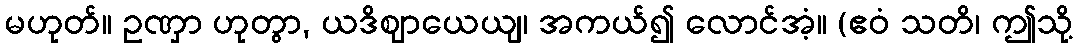
မဟုတ်။ ဥဏှာ ဟုတွာ, ယဒိဈာယေယျ၊ အကယ်၍ လောင်အံ့။ (ဧဝံ သတိ၊ ဤသို့